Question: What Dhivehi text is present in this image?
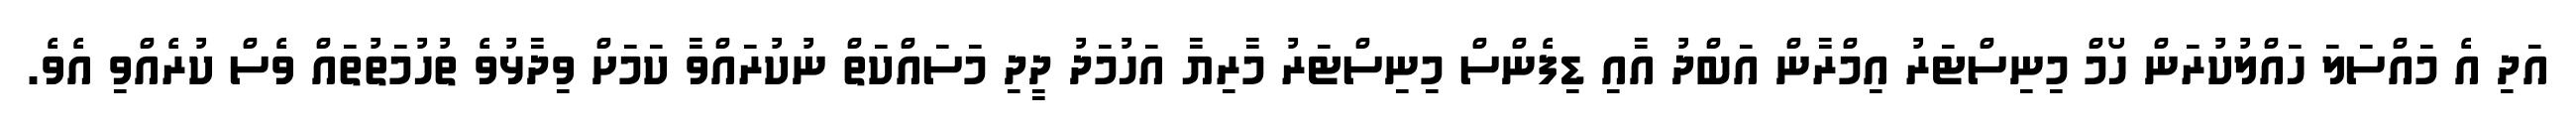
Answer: އަދި އެ މައްސަލަ ހައްލުކުރަން ހޯމް މިނިސްޓަރު އިމްރާން އަބްދު އާއި ޑިފެންސް މިނިސްޓަރު މާރިޔާ އަހުމަދު ދީދި މަސައްކަތް ނުކުރައްވާ ކަމަށް ވިދާޅުވެ ތުހުމަތުތައް ވެސް ކުރެއްވި އެވެ.